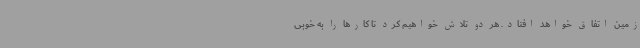
زمین اتفاق خواهد افتاد. هر دو تلاش خواهیم کرد تا کارها را به خوبی